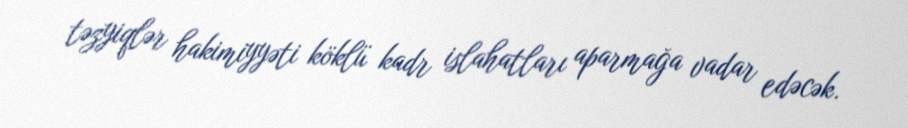
təzyiqlər hakimiyyəti köklü kadr islahatları aparmağa vadar edəcək.